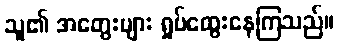
သူ၏ အတွေးများ ရှုပ်ထွေးနေကြသည်။